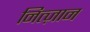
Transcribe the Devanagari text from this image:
नित्ज़ान